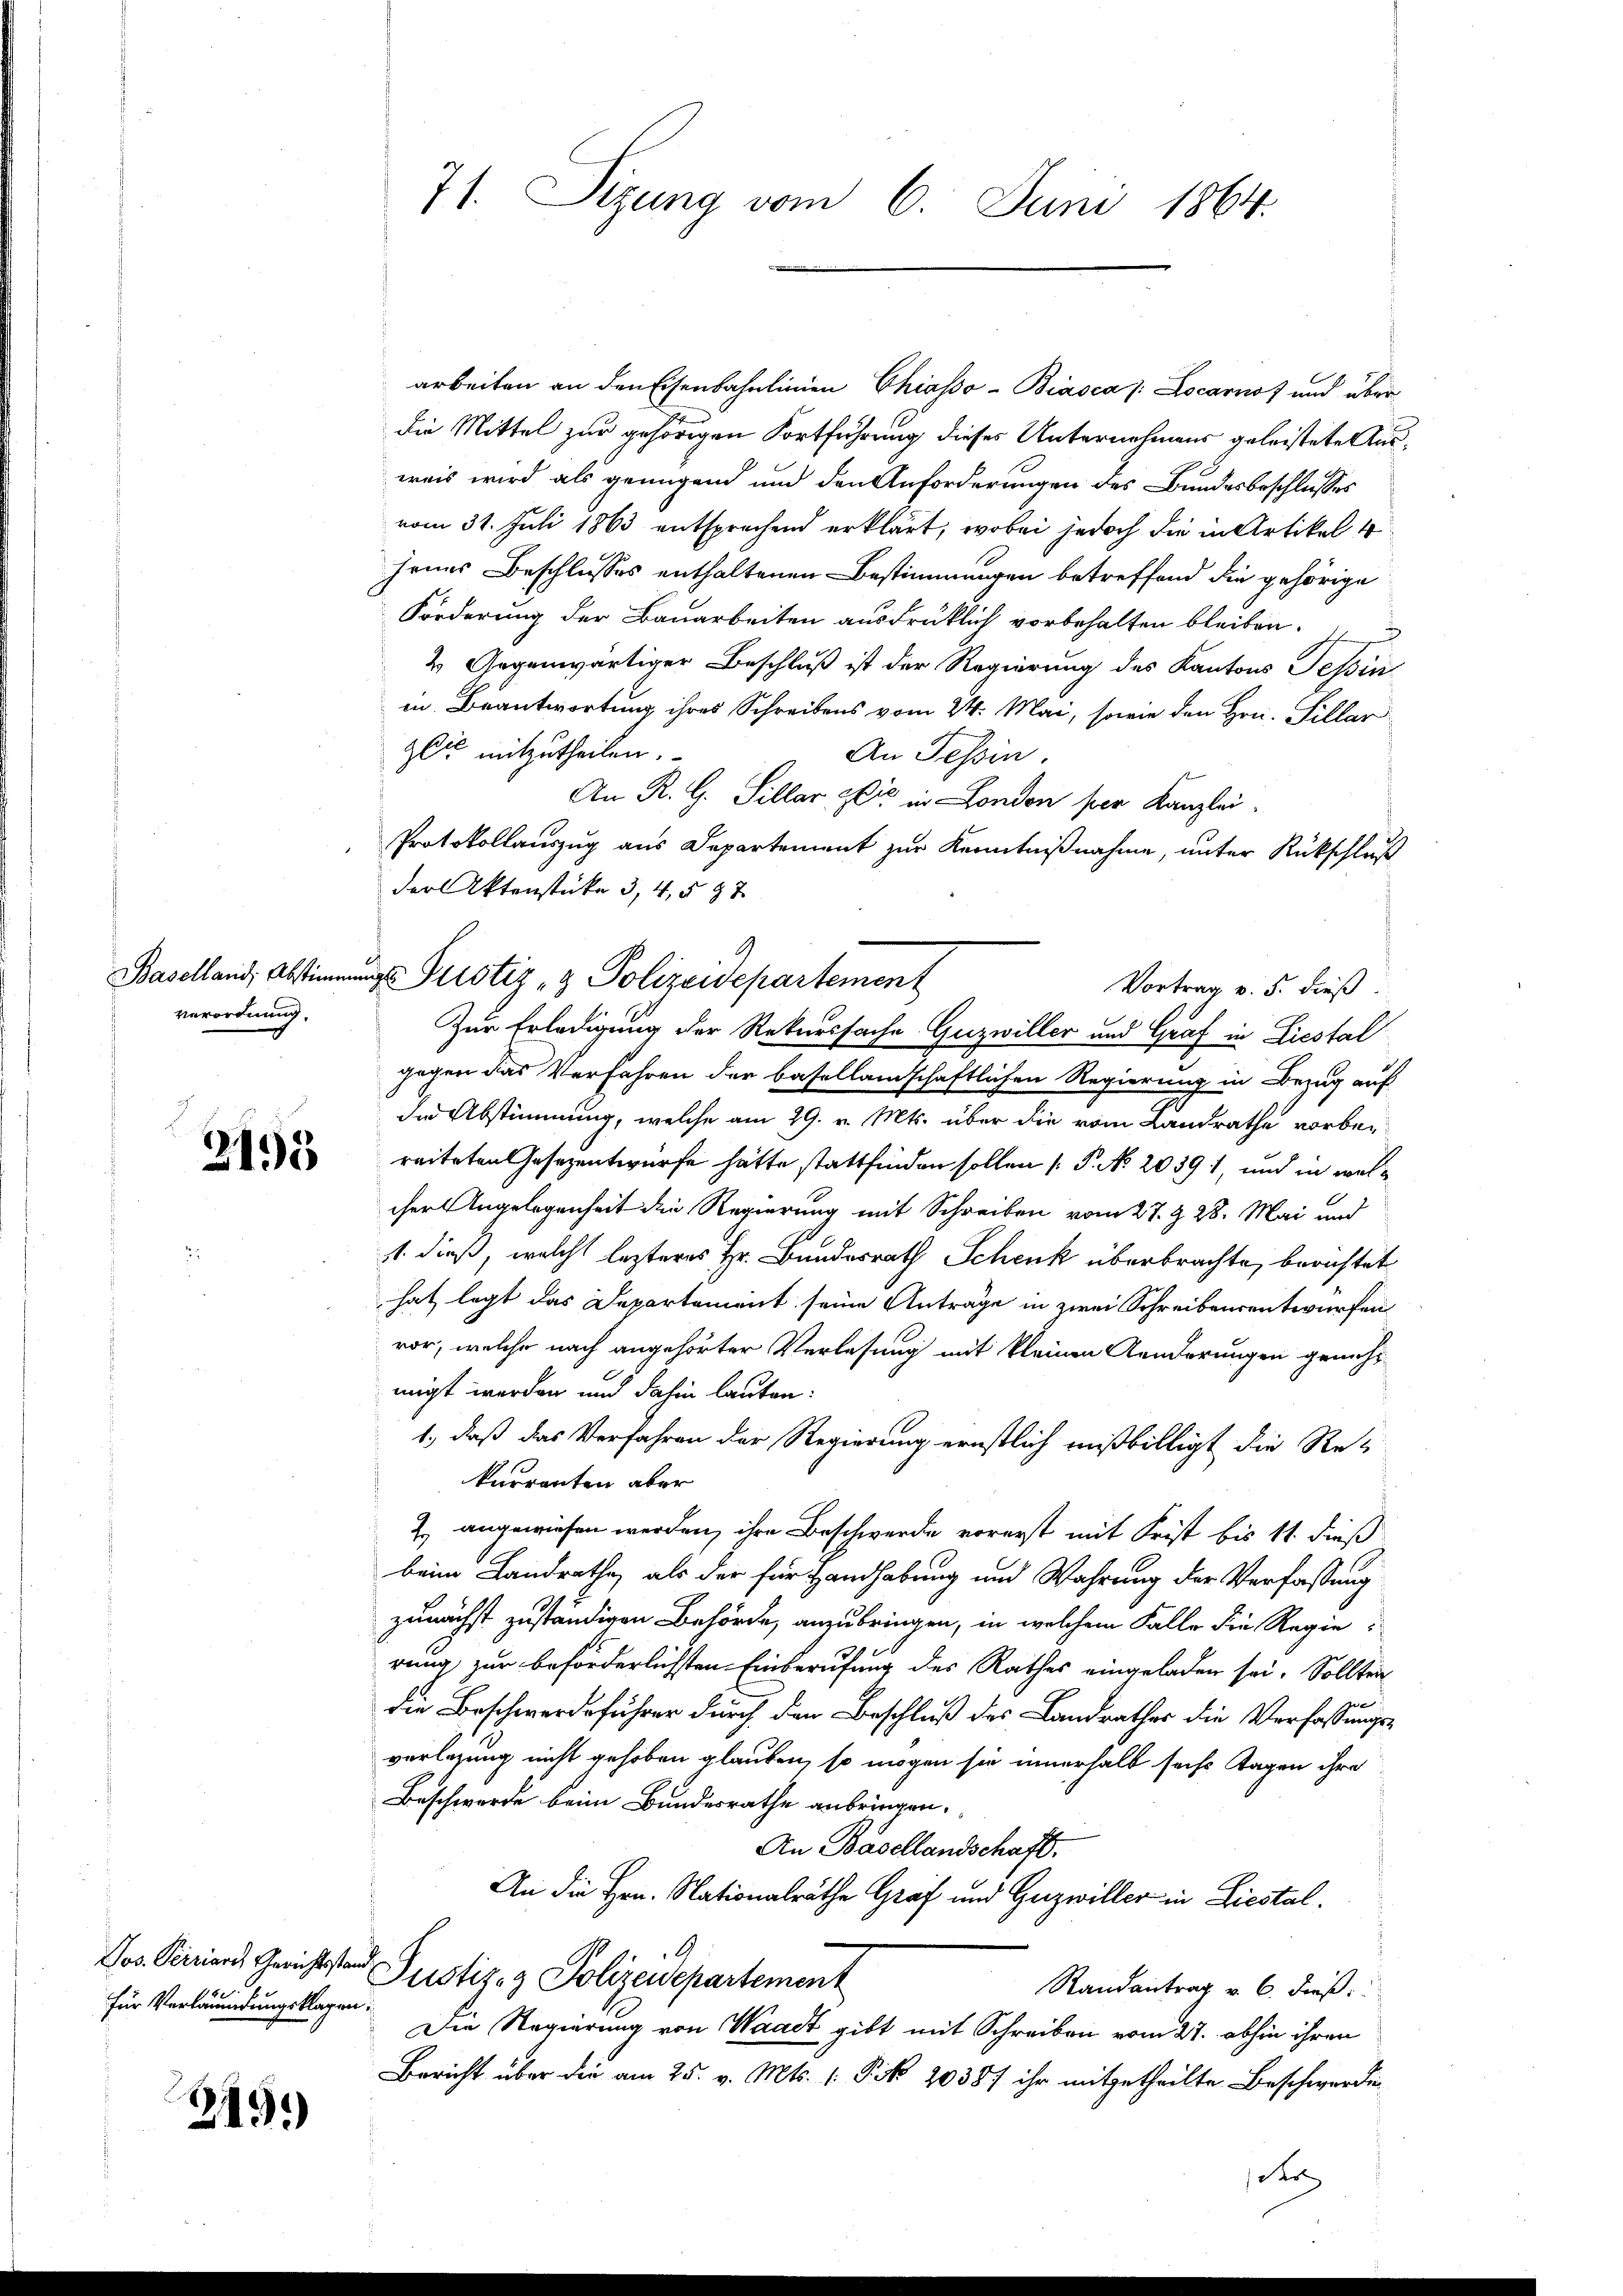
Baselland, Abstimm
verordnung.

3195

für Verläumdungsklagen:

219)

arbeiten an den Eisenbahnlinien Chiasso- Biasca /: Locarnot und über
die Mittel zur gehörigen Fortführung dieses Unternehmens geleistete Ausweis wird als genügend und den Anforderungen des Bundesbeschlusses
vom 31. Juli 1863 entsprechend erklärt, wobei jedoch die in Artikel 4
jenes Beschlusses enthaltenen Bestimmungen betreffend die gehörige
Förderung der Bauarbeiten ausdrüklich vorbehalten bleiben.
2 Gegenwärtiger Beschluß ist der Regierung des Kantons Tessin
in Beantwortung ihres Schreibens vom 24. Mai, sowie den Hrn. Sillar
zeit mitzutheilen.
An Tessin.
An R. G. Sillar zeit in London per Kanzlei¬
Protokollauszug aus Departement zur Kenntnißnahme, unter Rückschluß
Farl Aktenstücke 3, 4, § 97
Vortrag v. 5. dieß.
Zur Erledigung der Rekurssache Guzwiller und Graf in Liestal
gegen das Verfahren der basellandschaftlichen Regierung in Bezug auf
de Abstimmung, welche am 29. v. Mts. über die vom Landrathe vorbereiteten Gesezentwürfe hätte stattfinden sollen ( P. No 20391, und in welcher Angelegenheit die Regierung mit Schreiben vom 27. Z. 28. Mai und
1. dieß, welch lezteres Hr. Bundesrath Schenk überbrachte, berichtet
hat legt das Departement seine Anträge in zwei Schreibensentwürfen
vor, welche nach angehörter Verlesung mit kleinen Aenderungen genehmigt werden und dahin lauten:
1., daß das Verfahren der Regierung ernstlich mißbilligt die Re-
kurrenten aber
2. angewiesen werden, ihre Beschwerde vorerst mit Frist bis 11. dieß
beim Landrathe, als der für Handhabung und Wahrung der Verfassung
zunächst zuständigen Behörde, anzubringen, in welchem Falle die Regie
rung zur beförderlichsten Einberufung des Rathes eingeladen sei. Sollten
die Beschwerdeführer durch den Beschluß des Landrathes die Verfassungsverlegung nicht gehoben glauben, so mögen sie innerhalb sechs Tagen ihre
Beschwerde beim Bundesrathe anbringen.
An Basellandschaft.
An die Hrn. Nationalräthe Graf und Guzwiller in Liestal¬
A
Jos. Perrians Gerichtsstand Justiz- & Polizeidepartement
Randantrag v. 6. dieß
Die Regierung von Waadt gibt mit Schreiben vom 27. abhin ihren
Bericht über die am 25. v. Mts. (: Pik 2038f ihr mitgetheilte Beschwerde

71. Sitzung vom 6. Juni 1864.

ungs Justiz- & Polizeidepartement

Pr